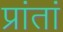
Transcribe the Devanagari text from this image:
प्रांतां